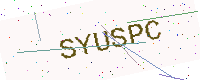
Text: SYUSPC